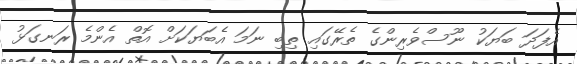
އެފަދަ ބަޔަކު ނޫސްވެރިންގެ ތެރޭގައި ތިބި ނަމަ އެބަޔަކަށް އޮތް އެންމެ ރަނގަޅު